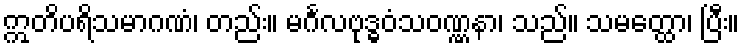
ဣတိပရိသမာဂဏံ၊ တည်း။ မင်္ဂလဗုဒ္ဓဝံသဝဏ္ဏနာ၊ သည်။ သမတ္ထော၊ ပြီး။